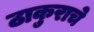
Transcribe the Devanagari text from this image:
ठाकुराचे